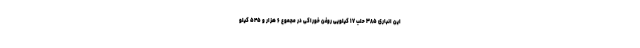
این انباری ۳۸۵ حلب ۱۷ کیلویی روغن خوراکی در مجموع ۶ هزار و ۵۴۵ کیلو